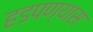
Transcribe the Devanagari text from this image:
हडपण्यास